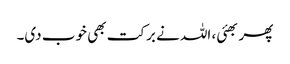
پھر بھئی، اللہ نے برکت بھی خوب دی۔